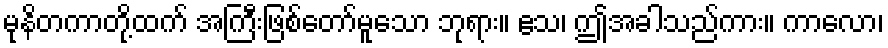
မုနိတကာတို့ထက် အကြီးဖြစ်တော်မူသော ဘုရား။ ဧသ၊ ဤအခါသည်ကား။ ကာလော၊